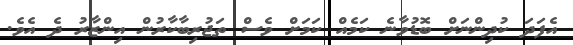
އެފަދަ ކުދިންނަށް ބޮޑުވާނެ ކަމެއް ކަމަށް ވެސް ތަޖުރިބާކާރުން އިންޒާރު ދެ އެވެ.